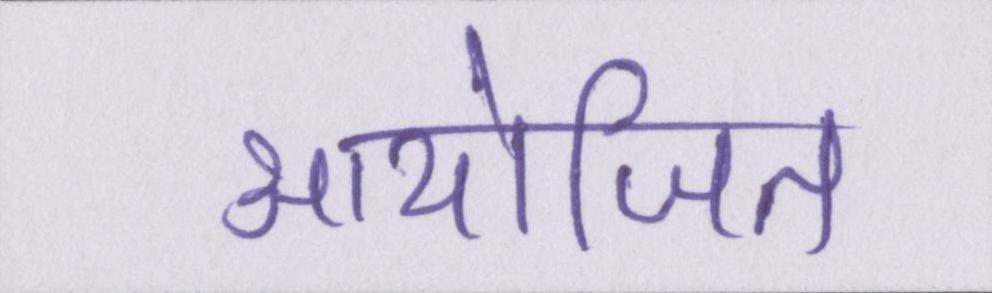
आयोजित